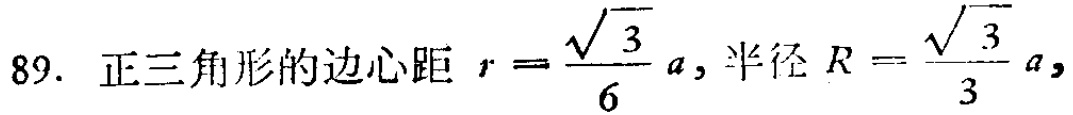
89. 正三角形的边心距 \(r = \frac{\sqrt{3}}{6}a\), 半径 \(R = \frac{\sqrt{3}}{3}a\)